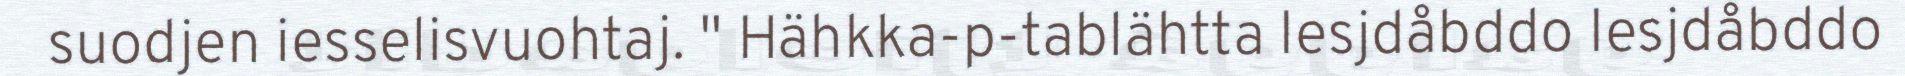
suodjen iesselisvuohtaj. " Hähkka-p-tablähtta Iesjdåbddo Iesjdåbddo